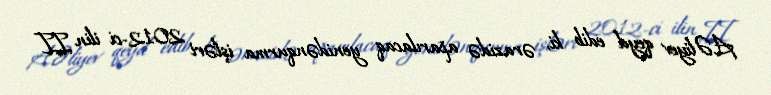
A.Əliyev qeyd edib ki, ərazidə aparılacaq yenidənqurma işləri 2012-ci ilin II